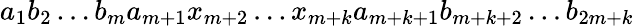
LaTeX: a_{1}b_{2}\dots b_{m}a_{m+1}x_{m+2}\dots x_{m+k}a_{m+k+1}b_{m+k+2}\dots b_{2m+k}